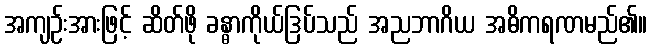
အကျဉ်းအားဖြင့် ဆိတ်ဖို ခန္ဓာကိုယ်ဒြပ်သည် အညဘာဂိယ အဓိကရဏမည်၏။